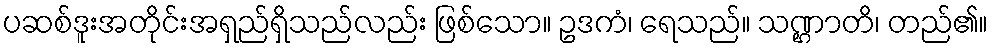
ပဆစ်ဒူးအတိုင်းအရှည်ရှိသည်လည်း ဖြစ်သော။ ဥဒကံ၊ ရေသည်။ သဏ္ဌာတိ၊ တည်၏။